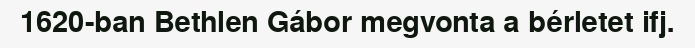
1620-ban Bethlen Gábor megvonta a bérletet ifj.